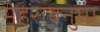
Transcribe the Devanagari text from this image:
मेहरावनुमा